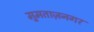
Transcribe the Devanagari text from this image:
मुमताज़नगर